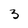
Character: 3